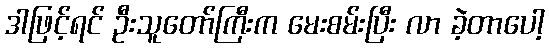
ဒါဖြင့်ရင် ဦးသူတော်ကြီးက မေးစမ်းပြီး လာ ခဲ့တာပေါ့